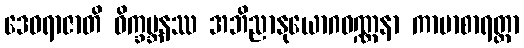
ဒေဝရာဇာတိ ဝိက္ခမ္ဘနဿ အဘိညာနုယောဂဝဏ္ဏနာ ကာမာစာရတ္တာ